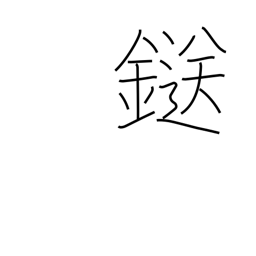
Meaning: clamp